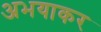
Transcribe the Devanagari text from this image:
अभयाकर